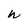
Character: W